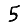
Digit: 5